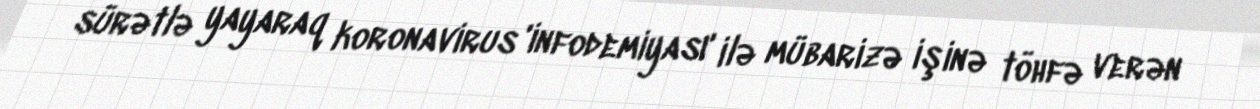
sürətlə yayaraq koronavirus 'infodemiyası' ilə mübarizə işinə töhfə verən